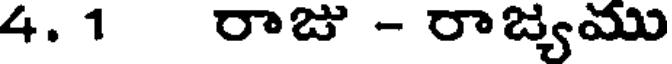
4. 1 రాజు - రాజ్యము